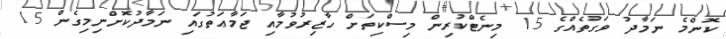
ކޮންމެ ނަމާދު ވަގުތެއްގެ 15 މިނެޓްކުރިން މިސްކިތަށް ހާޒިރުވުމާއި ޖަމާޢަތުގައި ނަމާދުކޮށްނިމިގެން 15